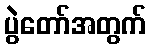
ပွဲတော်အတွက်